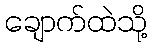
ချောက်ထဲသို့